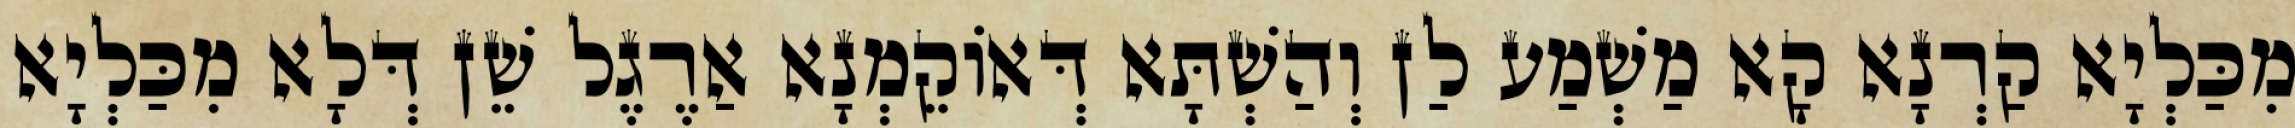
מִכַּלְיָא קַרְנָא קָא מַשְׁמַע לַן וְהַשְׁתָּא דְּאוֹקֵמְנָא אַרֶגֶל שֵׁן דְּלָא מִכַּלְיָא